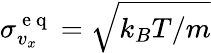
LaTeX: \sigma_{v_{x}}^{\mathrm{~e~q~}}=\sqrt{k_{B}T/m}